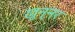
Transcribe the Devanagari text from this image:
खुन्नर